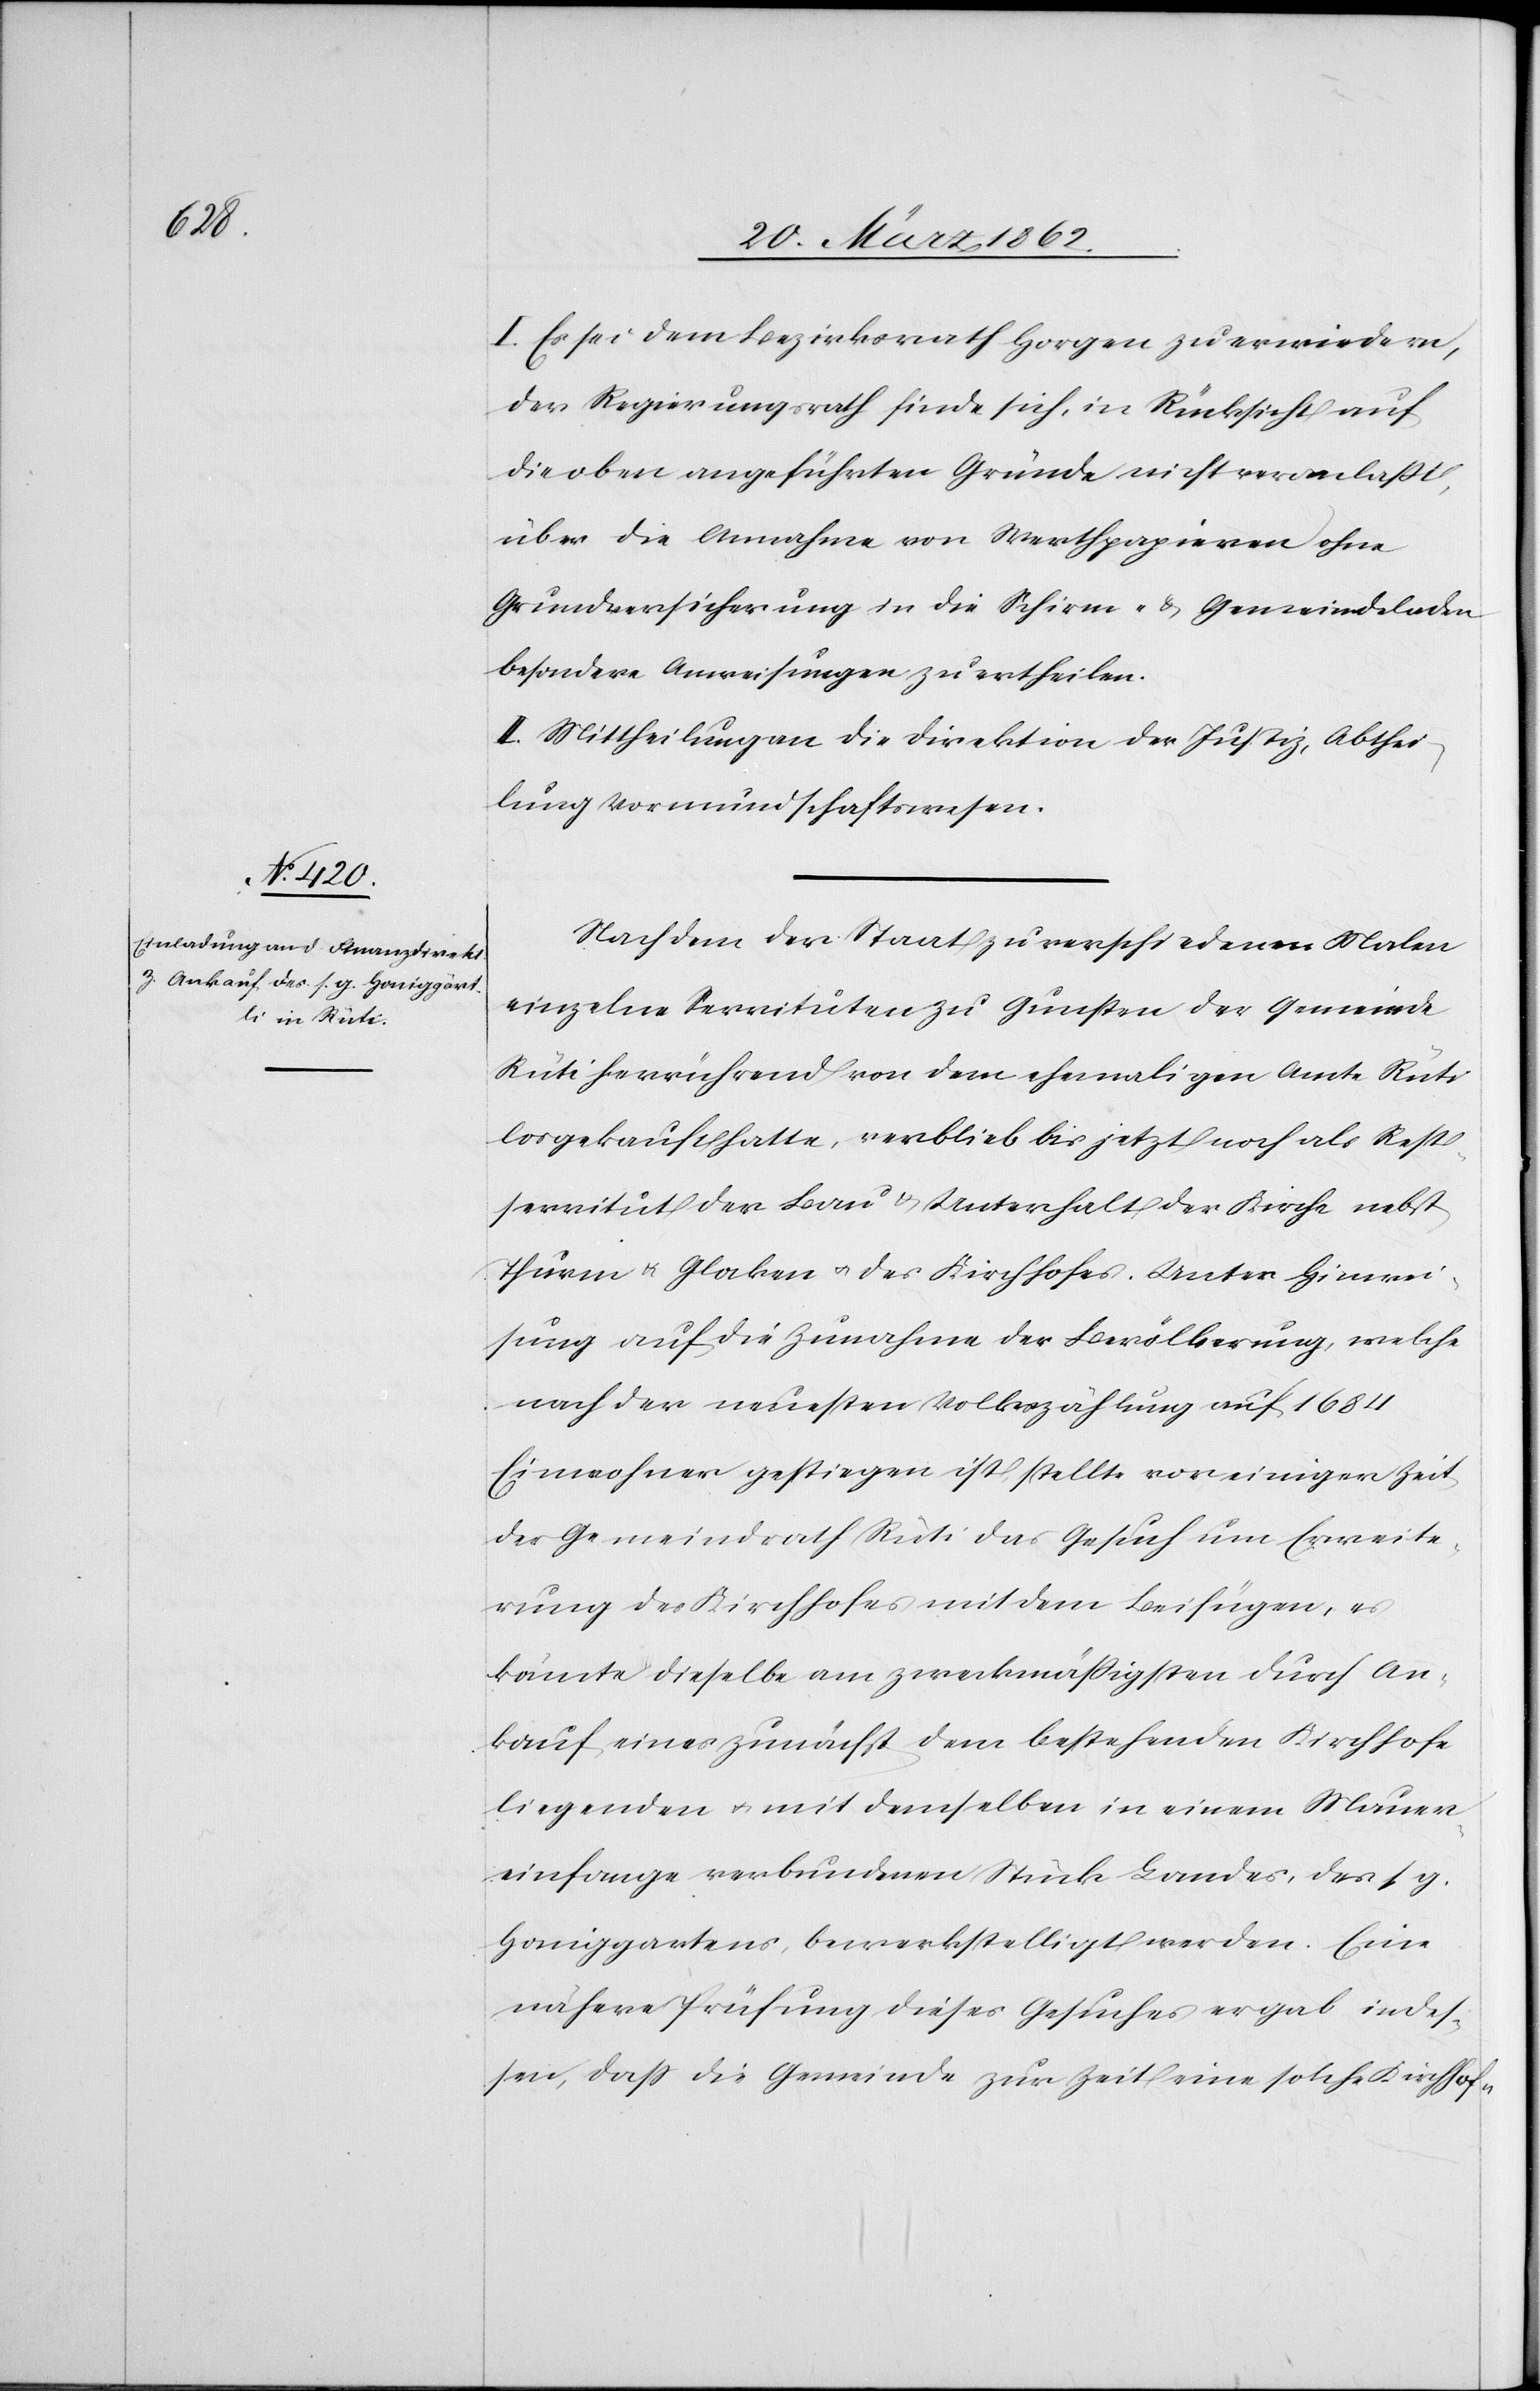
I. Es sei dem Bezirksrath Horgen zu erwiedern,
der Regierungsrath finde sich, in Rücksicht auf
die oben angeführten Gründe nicht veranlaßt,
über die Annahme von Werthpapieren ohne
Grundversicherung in die Schirm- & Gemeindeladen
besondere Anweisungen zu ertheilen.
II. Mittheilung an die Direktion der Justiz, Abthei¬
lung Vormundschaftswesen.
Nachdem der Staat zu verschiedenen Malen
einzelne Servituten zu Gunsten der Gemeinde
Rüti herrührend von dem ehemaligen Amte Rüti
losgekauft hatte, verblieb bis jetzt noch als Rest¬
servitut der Bau & Unterhalt der Kirche nebst
Thurm u. Glocken u. des Kirchhofes. Unter Hinwei¬
sung auf die Zunahme der Bevökerung, welche
nach der neuesten Volkszählung auf 1684
Einwohner gestiegen ist, stellte vor einiger Zeit
der Gemeindrath Rüti das Gesuch um Erweite¬
rung des Kirchhofes mit dem Beifügen, es
könnte dieselbe am zweckmäßigsten durch An¬
kauf eines zunächst dem bestehenden Kirchhofe
liegenden u. mit demselben in einem Mauer¬
einfange verbundenen Stück Landes, des s g.
Honiggartens, bewerkstelligt werden. Eine
nähere Prüfung dieses Gesuches ergab indes¬
sen, daß die Gemeinde zur Zeit eine solche Kirchhof-